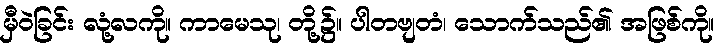
မှီဝဲခြင်း လုံ့လကို။ ကာမေသု၊ တို့၌။ ပါတဗျတံ၊ သောက်သည်၏ အဖြစ်ကို။